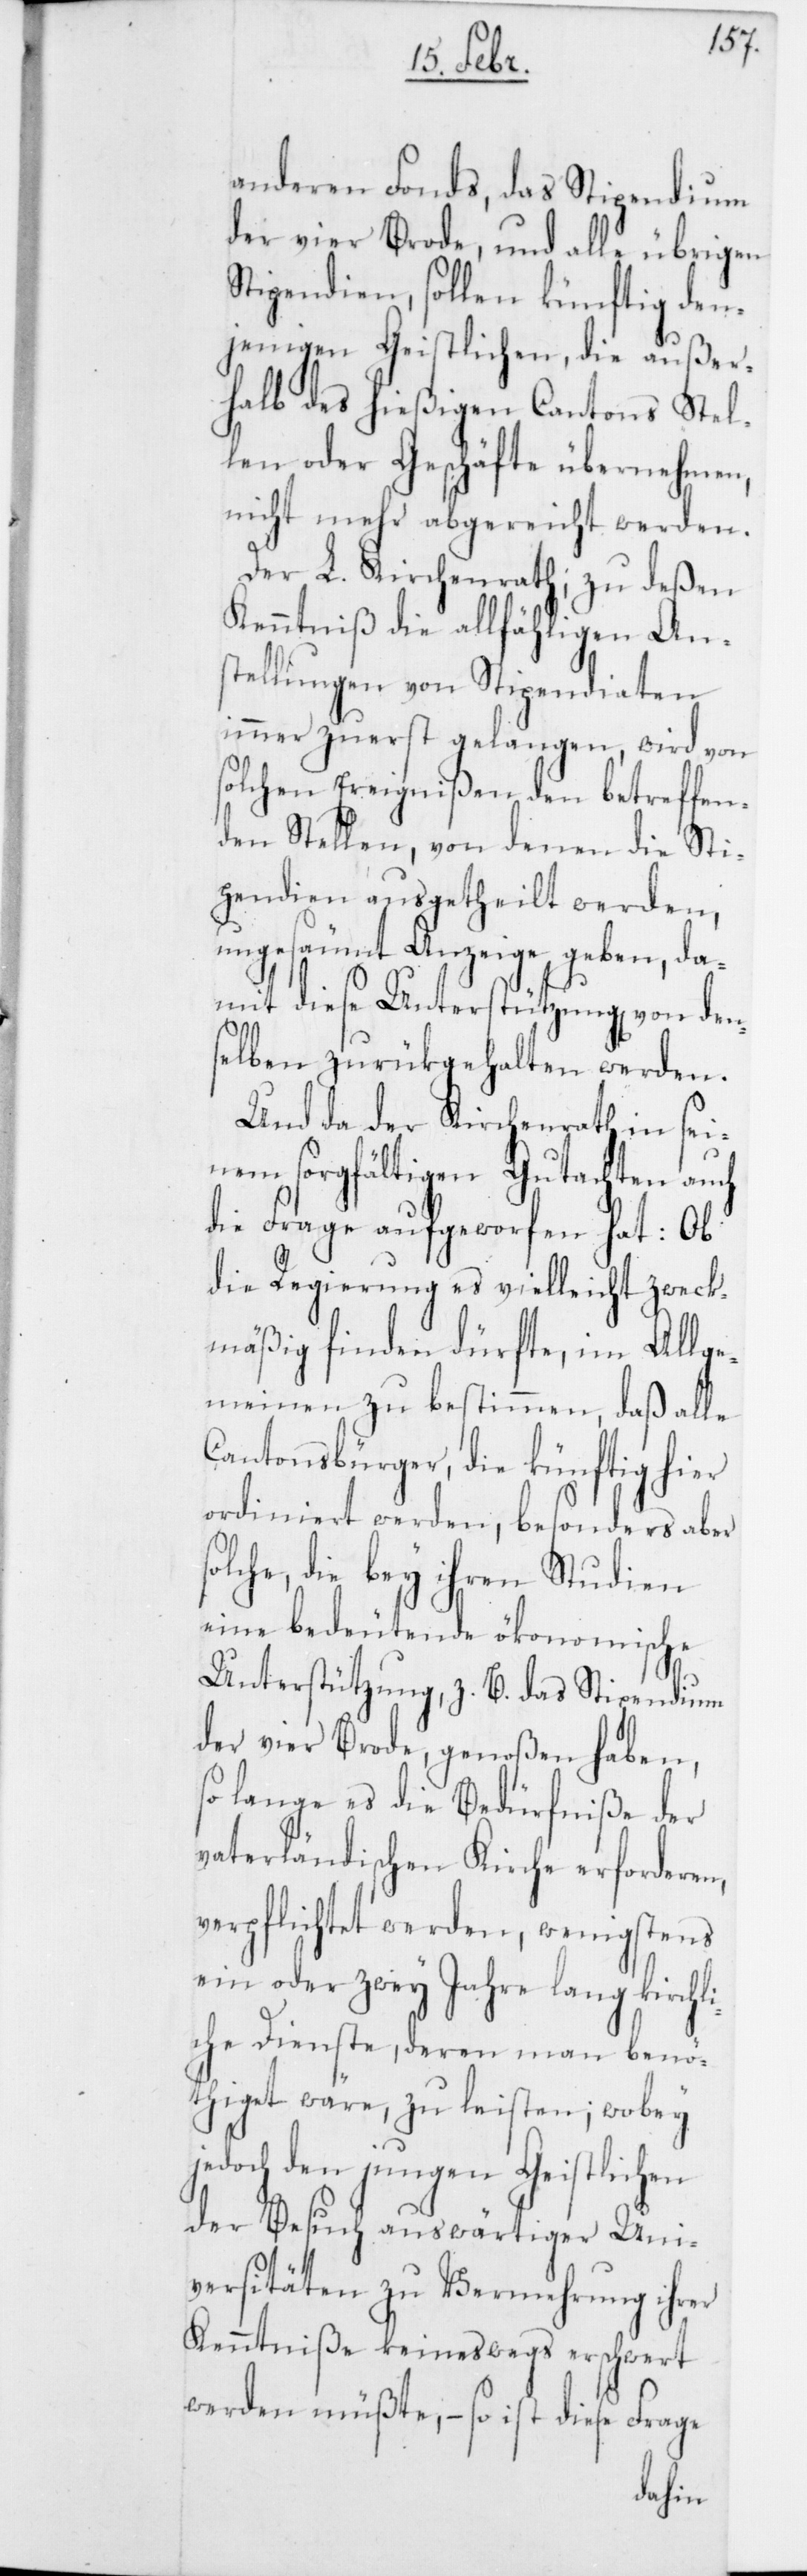
s¬
anderen Fonds, das Stipendium
der vier Brode, und alle übrigen
Stipendien, sollen künftig dem¬
jenigen Geistlichen, die außer¬
halb des hießigen Cantons Stel¬
len oder Geschäfte übernehmen,
nicht mehr abgereicht werden.
Der L. Kirchenrath; zu deßen
Kenntniß die allfähligen An¬
stellungen von Stipendiaten
immer zuerst gelangen, wird von
solchen Ereignißen den betreffen¬
den Stellen, von denen die Sti¬
pendien ausgetheilt werden,
ungesäumt Anzeige geben, da¬
mit diese Unterstützungen von den¬
selben zurükgehalten werden.
Und da der Kirchenrath in sei¬
nem sorgfältigen Gutachten auch
die Frage aufgeworfen hat: Ob
die Regierung es vielleicht zweck¬
mäßig finden dürfte, im Allge¬
meinen zu bestimmen, daß alle
Cantonsbürger, die künftig hier
ordiniert werden, besonders aber
olche, die bey ihren Studien
eine bedeutende ökonomische
Unterstützung, z. B. das Stipendium
der vier Brode, genoßen haben,
so lange es die Bedürfniße der
vaterländischen Kirche erforderen,
verpflichtet werden, wenigstens
ein oder zwey Jahre lang kirchl¬
iche Dienste, deren man benö¬
thiget wäre, zu leisten; wobey
jedoch den jungen Geistlichen
der Besuch auswärtiger Uni¬
versitäten zu Vermehrung ihrer
Kenntniße keineswegs erschwert
werden müßte, – so ist diese Frage